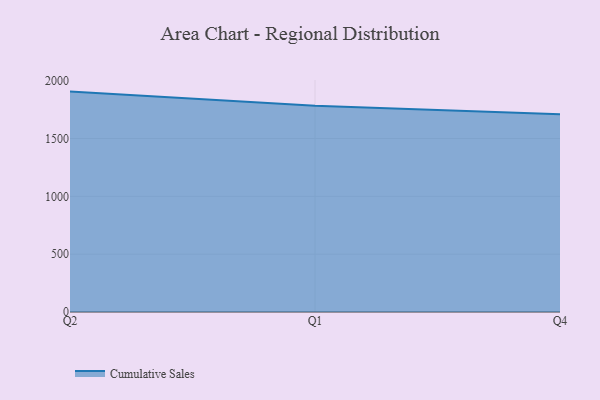
{"axis": {"x": "Quarter", "y": "Customer Acquisition Cost (USD)"}, "legend": ["Cumulative Sales"], "data": [{"x": "Q2", "y": 1905.1, "type": "Cumulative Sales"}, {"x": "Q1", "y": 1783.5, "type": "Cumulative Sales"}, {"x": "Q4", "y": 1710.3, "type": "Cumulative Sales"}]}